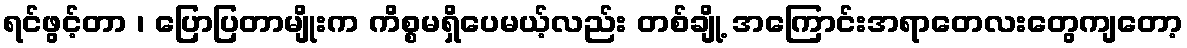
ရင်ဖွင့်တာ ၊ ပြောပြတာမျိုးက ကိစ္စမရှိပေမယ့်လည်း တစ်ချို့ အကြောင်းအရာတေလးတွေကျတော့